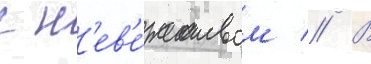
с н'ев'е́жеством // В